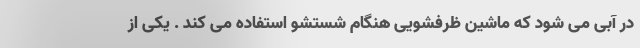
در آبی می شود که ماشین ظرفشویی هنگام شستشو استفاده می کند . یکی از